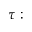
\tau :